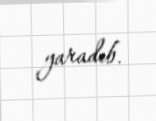
yaradıb.